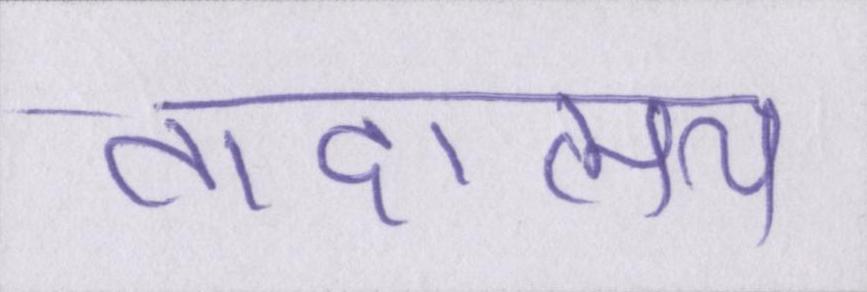
तादात्म्य